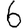
Digit: 6